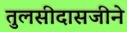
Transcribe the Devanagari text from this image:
तुलसीदासजीने